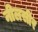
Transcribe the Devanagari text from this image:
नीलसीर